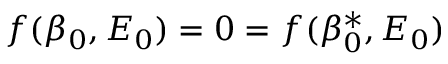
f ( \beta _ { 0 } , E _ { 0 } ) = 0 = f ( \beta _ { 0 } ^ { \ast } , E _ { 0 } )